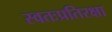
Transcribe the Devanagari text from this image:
स्वतःप्रतिरक्षा